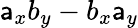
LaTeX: \mathsf{a}_{x}b_{y}-b_{x}\mathsf{a}_{y}